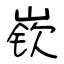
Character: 嵚